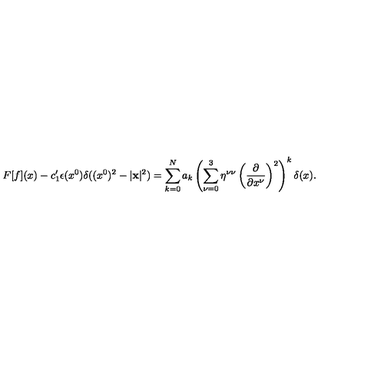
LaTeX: F [ f ] ( x ) - c _ { 1 } ^ { \prime } \epsilon ( x ^ { 0 } ) \delta ( ( x ^ { 0 } ) ^ { 2 } - | { \bf x } | ^ { 2 } ) = \sum _ { k = 0 } ^ { N } a _ { k } \left( \sum _ { \nu = 0 } ^ { 3 } \eta ^ { \nu \nu } \left( \frac { \partial } { \partial x ^ { \nu } } \right) ^ { 2 } \right) ^ { k } \delta ( x ) .